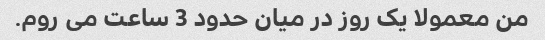
من معمولا یک روز در میان حدود 3 ساعت می روم.